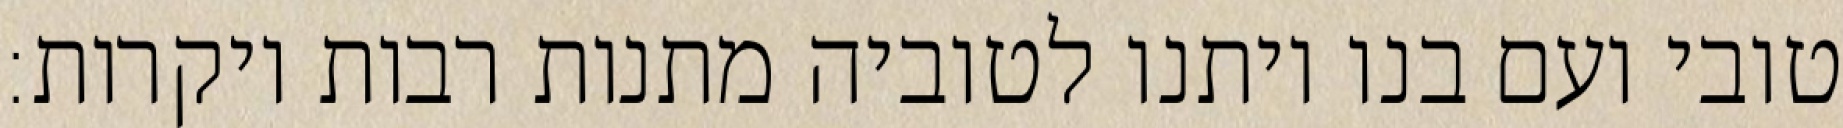
טובי ועם בנו ויתנו לטוביה מתנות רבות ויקרות: